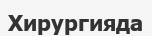
Хирургияда